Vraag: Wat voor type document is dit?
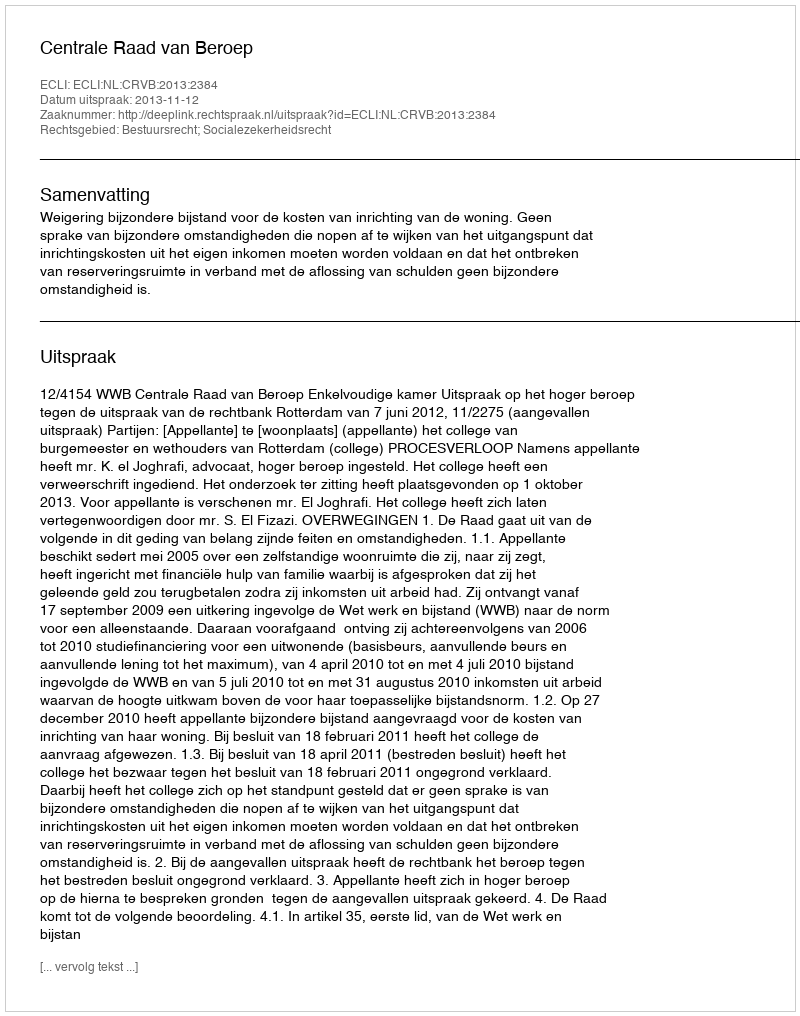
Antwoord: Uitspraak